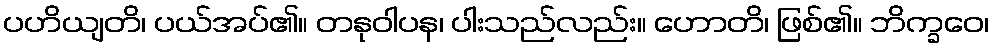
ပဟိယျတိ၊ ပယ်အပ်၏။ တနုဝါပန၊ ပါးသည်လည်း။ ဟောတိ၊ ဖြစ်၏။ ဘိက္ခဝေ၊